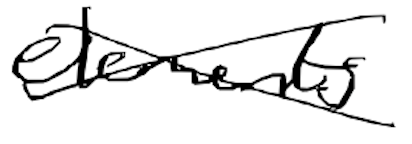
Text: elements
Cross-out: cross
Writing tool: digital_black